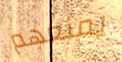
يمنعهم